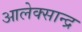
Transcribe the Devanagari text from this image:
आलेक्सान्द्र